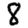
Digit: 8